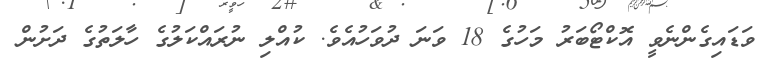
ވަޑައިގެންނެވީ އޮކްޓޯބަރު މަހުގެ 18 ވަނަ ދުވަހުއެވެ. ކުއްލި ނުރައްކަލުގެ ހާލަތުގެ ދަށުން